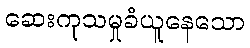
ဆေးကုသမှုခံယူနေသော